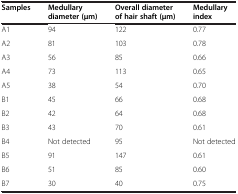
| Samples | Medullary diameter (μm) | Overall diameter of hair shaft (μm) | Medullary index |
 | --- | --- | --- | --- |
 | A1 | 94 | 122 | 0.77 |
 | A2 | 81 | 103 | 0.78 |
 | A3 | 56 | 85 | 0.66 |
 | A4 | 73 | 113 | 0.65 |
 | A5 | 38 | 54 | 0.70 |
 | B1 | 45 | 66 | 0.68 |
 | B2 | 42 | 64 | 0.68 |
 | B3 | 43 | 70 | 0.61 |
 | B4 | Not detected | 95 | Not detected |
 | B5 | 91 | 147 | 0.61 |
 | B6 | 51 | 85 | 0.60 |
 | B7 | 30 | 40 | 0.75 |